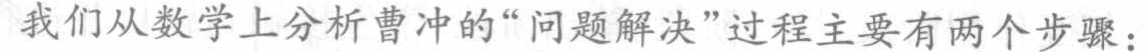
我们从数学上分析曹冲的“问题解决”过程主要有两个步骤：